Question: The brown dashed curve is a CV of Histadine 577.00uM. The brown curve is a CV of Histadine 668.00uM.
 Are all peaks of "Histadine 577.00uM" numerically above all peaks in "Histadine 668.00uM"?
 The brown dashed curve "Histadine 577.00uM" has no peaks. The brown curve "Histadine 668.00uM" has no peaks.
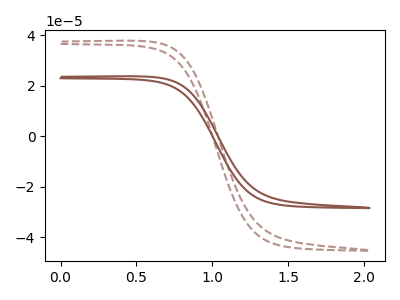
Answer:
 <answer>Niether CV has any peaks.</answer>
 <eval>blanks</eval>